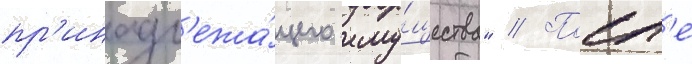
пр'инадл'ежа́щего иму́щества" // Посл'е